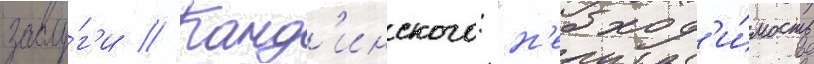
заслу́г'и // Канд'инского: "н'еобход'и́мость